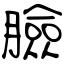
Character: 臉